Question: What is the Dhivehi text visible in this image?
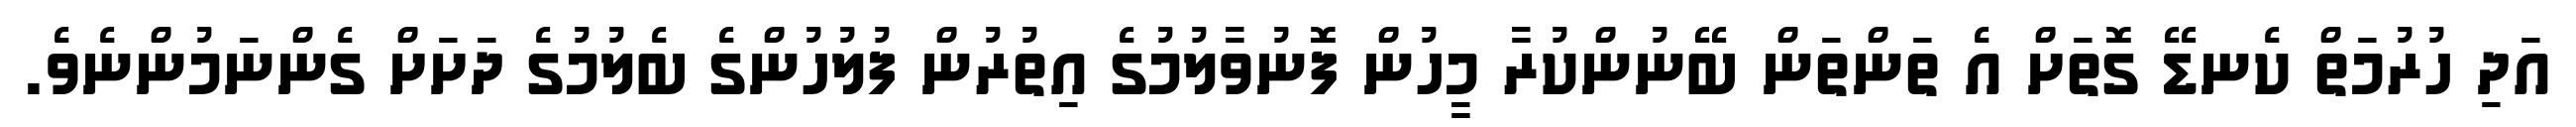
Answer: އަދި ހުރުމަތް ކެނޑޭ ގޮތަށް އެ ތަންތަން ބޭނުންކުރާ މީހުން ފޮނުވާލުމުގެ އިތުރުން ފުލުހުންގެ ބެލުމުގެ ދަށަށް ގެންނަމުންނެވެ.